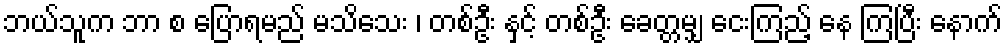
ဘယ်သူက ဘာ စ ပြောရမည် မသိသေး ၊ တစ်ဦး နှင့် တစ်ဦး ခေတ္တမျှ ငေးကြည့် နေ ကြပြီး နောက်